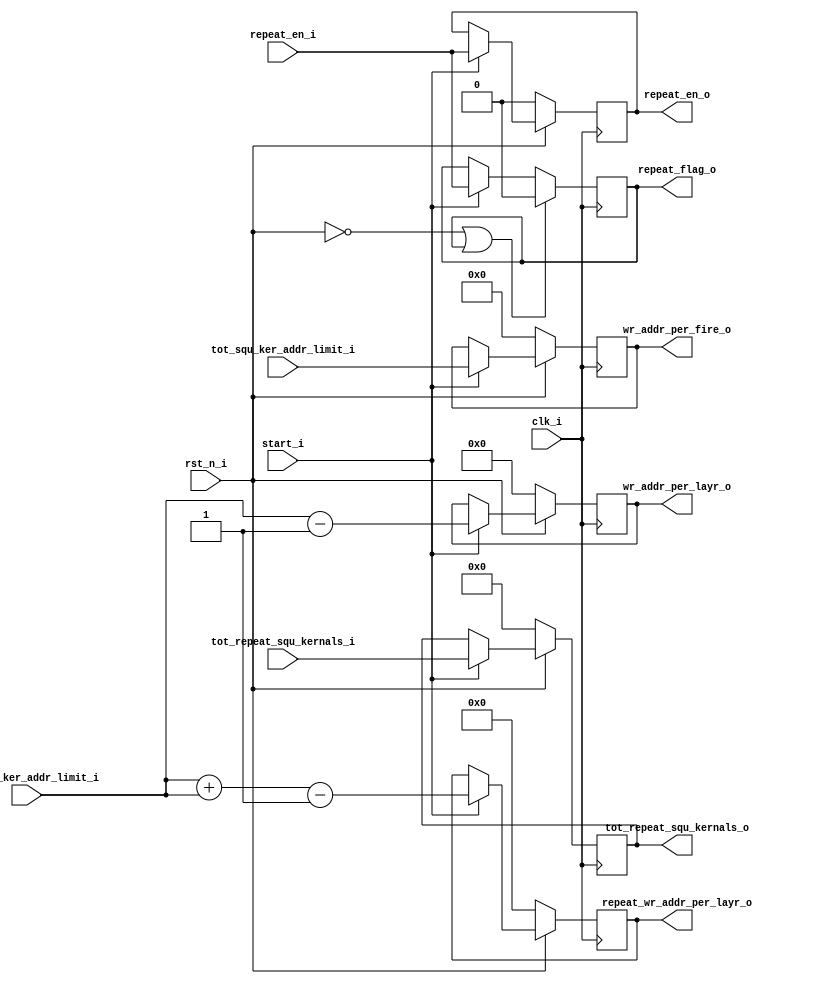
module write_config_squeeze(
	clk_i,
	rst_n_i,

	start_i,
	repeat_en_i,
	tot_squ_ker_addr_limit_i,
	one_squ_ker_addr_limit_i,
	tot_repeat_squ_kernals_i,

	repeat_en_o,
	repeat_flag_o,
	wr_addr_per_fire_o,
	wr_addr_per_layr_o,
	repeat_wr_addr_per_layr_o,
	tot_repeat_squ_kernals_o
);


//----------------------------------------------------------------------------------------------------------------------
// Global constant and function headers
//----------------------------------------------------------------------------------------------------------------------

//----------------------------------------------------------------------------------------------------------------------
// parameter definitions
//----------------------------------------------------------------------------------------------------------------------

//----------------------------------------------------------------------------------------------------------------------
// localparam definitions
//----------------------------------------------------------------------------------------------------------------------

	/*
		tot_squ_ker_addr_limit_i 	:- [(NO of squeeze kernals * depth / 8 ] - 1
		one_squ_ker_addr_limit_i 	:- [(depth / 2) / 8]
		tot_repeat_squ_kernals_i	:- [No of squeeze kernal * layer height]
	*/

//----------------------------------------------------------------------------------------------------------------------
// I/O signals
//----------------------------------------------------------------------------------------------------------------------

	// System Clock Signals
	input 															clk_i;
	input 															rst_n_i;

	// COnfiguration Control Signals
	input 															start_i;
	input 															repeat_en_i;
	input 						[11:0] 								tot_squ_ker_addr_limit_i;
	input 						[5:0] 								one_squ_ker_addr_limit_i;
	input 						[15:0] 								tot_repeat_squ_kernals_i;

	// FIRE Layer Control Signals
	output 	reg 													repeat_en_o;
	output 	reg 													repeat_flag_o;
	output 	reg					[11:0] 								wr_addr_per_fire_o;
	output  reg 				[5:0] 								wr_addr_per_layr_o;
	output 	reg 				[6:0] 								repeat_wr_addr_per_layr_o;
	output 	reg 				[15:0] 								tot_repeat_squ_kernals_o;									

//----------------------------------------------------------------------------------------------------------------------
// Internal wires and registers
//----------------------------------------------------------------------------------------------------------------------

//----------------------------------------------------------------------------------------------------------------------
// Implmentation
//----------------------------------------------------------------------------------------------------------------------

	// COnfig
	always @(posedge clk_i) begin : CONFIG
		if(~rst_n_i) begin
			repeat_en_o 				<= 0;
			wr_addr_per_fire_o 			<= 0;
			wr_addr_per_layr_o 			<= 0;
			tot_repeat_squ_kernals_o 	<= 0;
			repeat_wr_addr_per_layr_o 	<= 0;
		end 
		else if(start_i) begin
			repeat_en_o 				<= repeat_en_i;
			wr_addr_per_fire_o 			<= tot_squ_ker_addr_limit_i;
			wr_addr_per_layr_o 			<= one_squ_ker_addr_limit_i - 1;
			tot_repeat_squ_kernals_o 	<= tot_repeat_squ_kernals_i;
			repeat_wr_addr_per_layr_o 	<= one_squ_ker_addr_limit_i + one_squ_ker_addr_limit_i - 1;
		end
	end

	// Repeat Flag
	always @(posedge clk_i) begin : REPEAT_FLAT
		if(~rst_n_i || repeat_flag_o) begin
			repeat_flag_o <= 0;
		end 
		else if(start_i) begin
			repeat_flag_o <= repeat_en_i;
		end
	end


	
//----------------------------------------------------------------------------------------------------------------------
// Sub module instantiation
//----------------------------------------------------------------------------------------------------------------------


endmodule